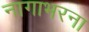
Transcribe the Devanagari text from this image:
नागाभरना